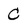
Character: C